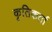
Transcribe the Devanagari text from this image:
कृतिकर्ता